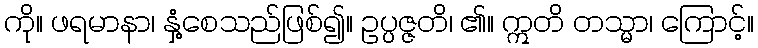
ကို။ ဖရမာနာ၊ နှံ့စေသည်ဖြစ်၍။ ဥပ္ပဇ္ဇတိ၊ ၏။ ဣတိ တသ္မာ၊ ကြောင့်။